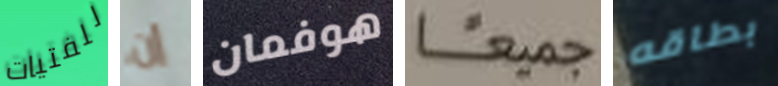
للفتيات إن هوفمان جميعا بطاقه